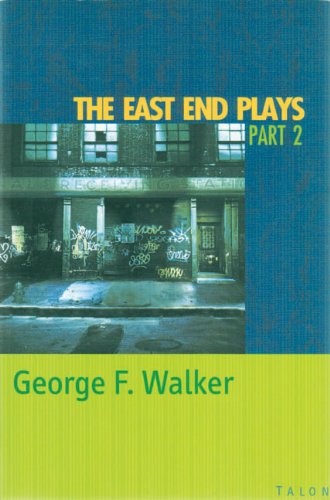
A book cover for The East End Plays: Part 2; George F. Walker; Literature & Fiction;